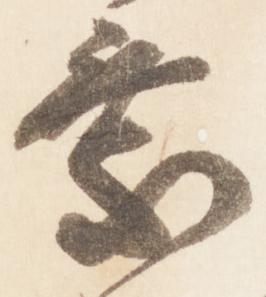
乗